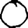
Digit: 0